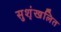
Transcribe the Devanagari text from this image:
सुशृंखलित